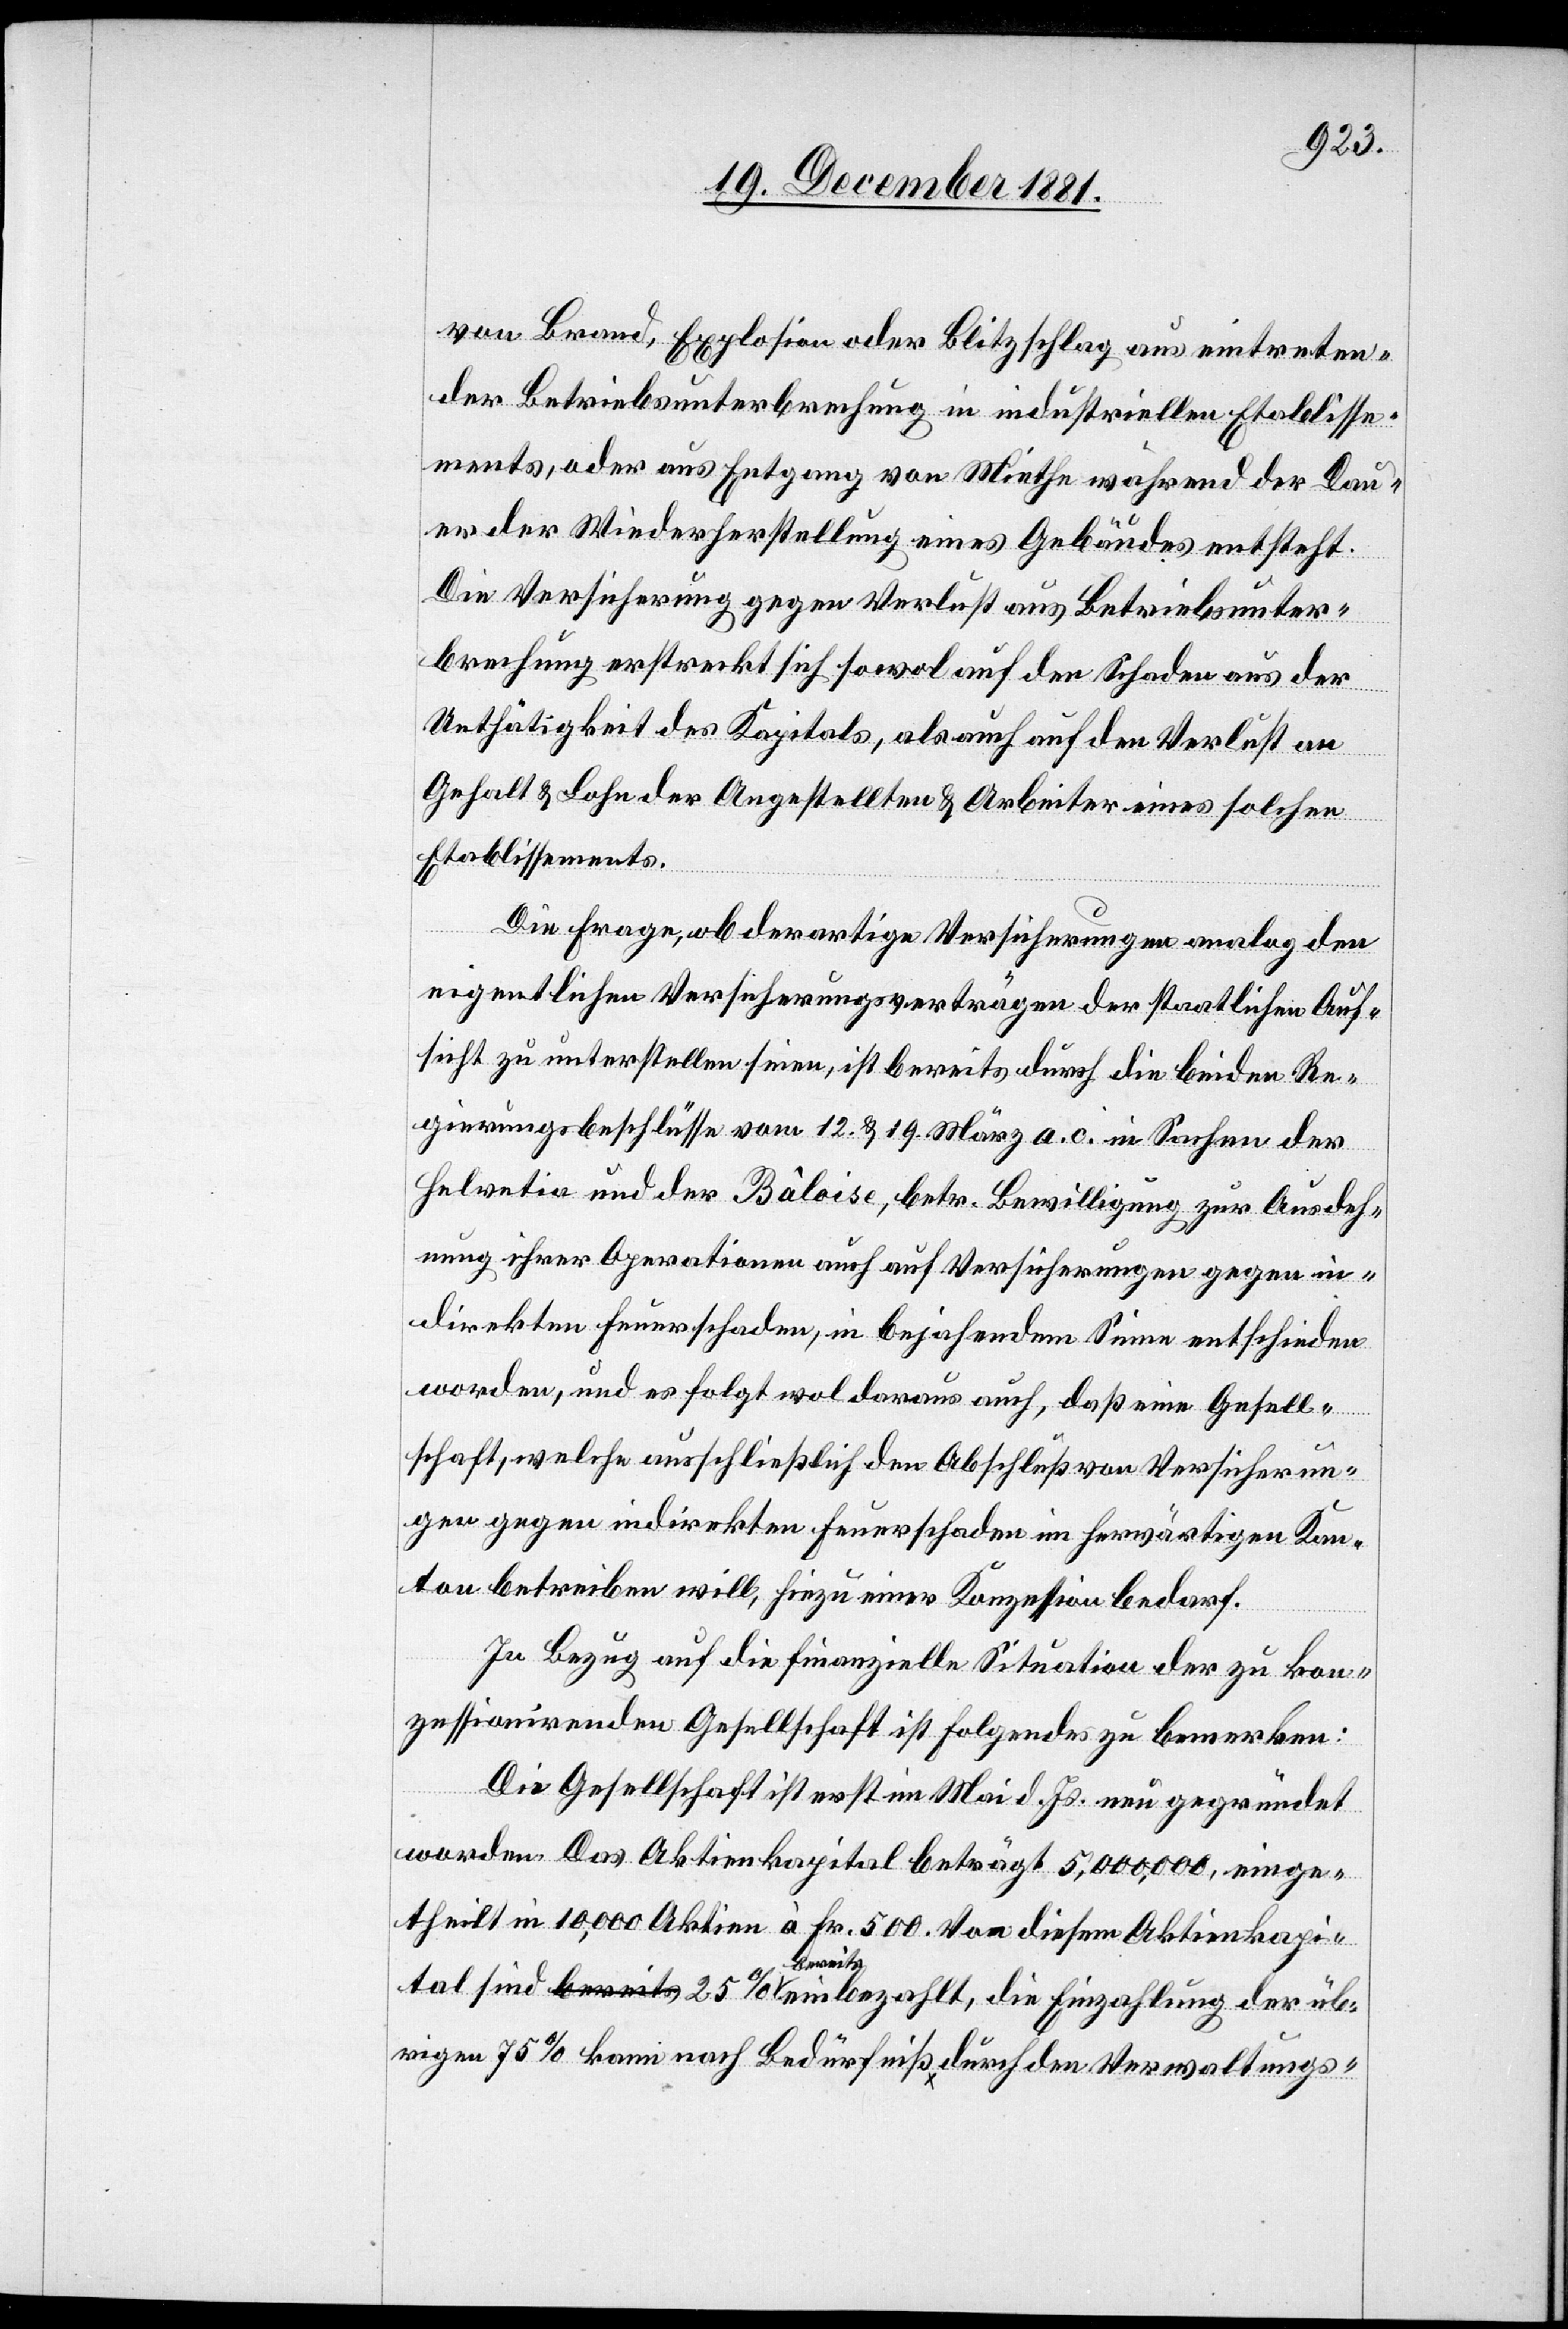
von Brand, Explosion oder Blitzschlag aus eintreten¬
der Betriebsunterbrechung in industriellen Etablisse¬
ments, oder aus Entgang von Miethe während der Dau¬
er der Wiederherstellung eines Gebäudes entsteht.
Die Versicherung gegen Verlust aus Betriebsunter¬
brechung erstreckt sich sowol auf den Schaden aus der
Unthätigkeit des Kapitals, als auch auf den Verlust an
Gehalt & Lohn der Angestellten & Arbeiter eines solchen
Etablissements.
erun¬
Die Frage, ob derartige Versicherungen analog den
eigentlichen Versicherungsverträgen der staatlichen Auf¬
sicht zu unterstellen seien, ist bereits durch die beiden Re¬
gierungsbeschlüsse vom 12. & 19. März a. c. in Sachen der
Helvetia und der Bâloise, betr. Bewilligung zur Ausdeh¬
nung ihrer Operationen auch auf Versicherungen gegen in¬
direkten Feuerschaden, in bejahendem Sinne entschieden
worden, und es folgt wol daraus, daß eine Gesellsch¬
gen gegen indirekten Feuerschaden im herwärtigen Kan¬
ton betreiben will, hiezu einer Konzession bedarf.
In Bezug auf die finanzielle Situation der zu kon¬
zessionirenden Gesellschaft ist Folgendes zu bemerken:
Die Gesellschaft ist erst im Mai d. Js. neu gegründet
worden. Das Aktienkapital beträgt 5,000,000, einge¬
theilt in 10,000 Aktien à Fr. 500. Von diesem Aktienkapi¬
Versich¬
tal sind 25% bereits einbezahlt, die Einzahlung der üb¬
rigen 75% kann nach Bedürfniß durch den Verwaltungs-